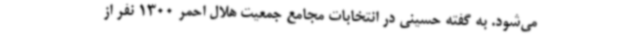
می‌شود. به گفته حسینی در انتخابات مجامع جمعیت هلال احمر 1300 نفر از